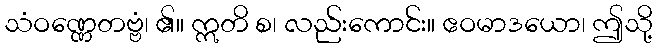
သံဝဏ္ဏေတဗ္ဗံ၊ ၏။ ဣတိ စ၊ လည်းကောင်း။ ဧဝမာဒယော၊ ဤသို့